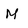
Character: M